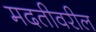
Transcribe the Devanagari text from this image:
मदतीवरील